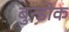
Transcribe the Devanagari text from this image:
बुन्डोक